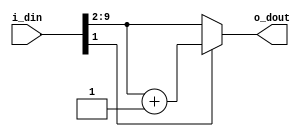
`timescale 1ns/1ps

module rnd (
  i_din,
  o_dout
);

parameter DW_IN = 10;
parameter DW_RND = 2;
parameter DW_OUT = DW_IN-DW_RND;

input  [DW_IN-1:0]           i_din;
output [DW_OUT-1:0]          o_dout;

reg    [DW_IN-1-DW_RND:0]    w_d_rnd;

// rounding
always @(i_din) 
begin
  if (i_din[DW_RND-1])
    w_d_rnd = i_din[DW_IN-1:DW_RND] + 1;
  else 
    w_d_rnd = i_din[DW_IN-1:DW_RND];
end

assign o_dout = w_d_rnd[DW_OUT-1:0];

endmodule